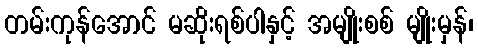
တမ်းကုန်အောင် မဆိုးရစ်ပါနှင့် အမျိုးစစ် မျိုးမှန်၊